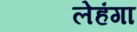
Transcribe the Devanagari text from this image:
लेहंगा